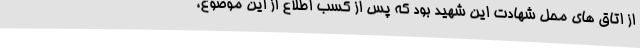
از اتاق های محل شهادت این شهید بود که پس از کسب اطلاع از این موضوع،